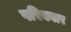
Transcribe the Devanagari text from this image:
परिबवार